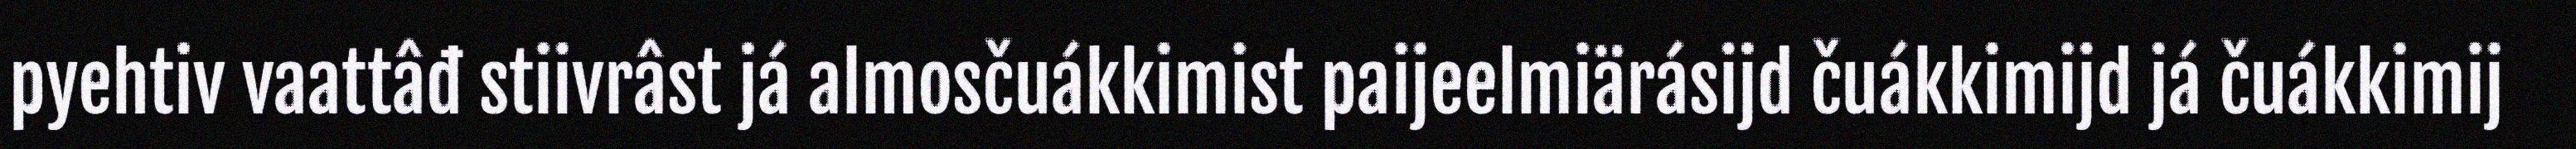
pyehtiv vaattâđ stiivrâst já almosčuákkimist paijeelmiärásijd čuákkimijd já čuákkimij